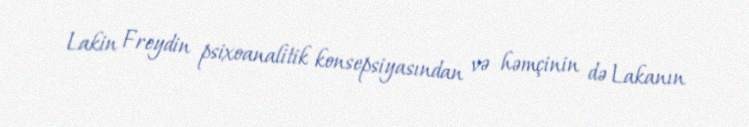
Lakin Freydin psixoanalitik konsepsiyasından və həmçinin də Lakanın